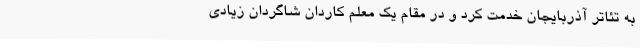
به تئاتر آذربایجان خدمت کرد و در مقام یک معلم کاردان شاگردان زیادی